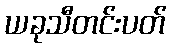
ယခုသီတင်းပတ်